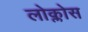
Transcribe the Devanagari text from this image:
लोक्लोस